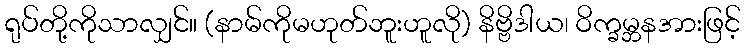
ရုပ်တို့ကိုသာလျှင်။ (နာမ်ကိုမဟုတ်ဘူးဟူလို) နိဗ္ဗိဒါယ၊ ဝိက္ခမ္ဘနအားဖြင့်